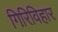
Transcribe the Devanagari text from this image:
गिरिविहार